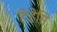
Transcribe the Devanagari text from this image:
दिहेसि